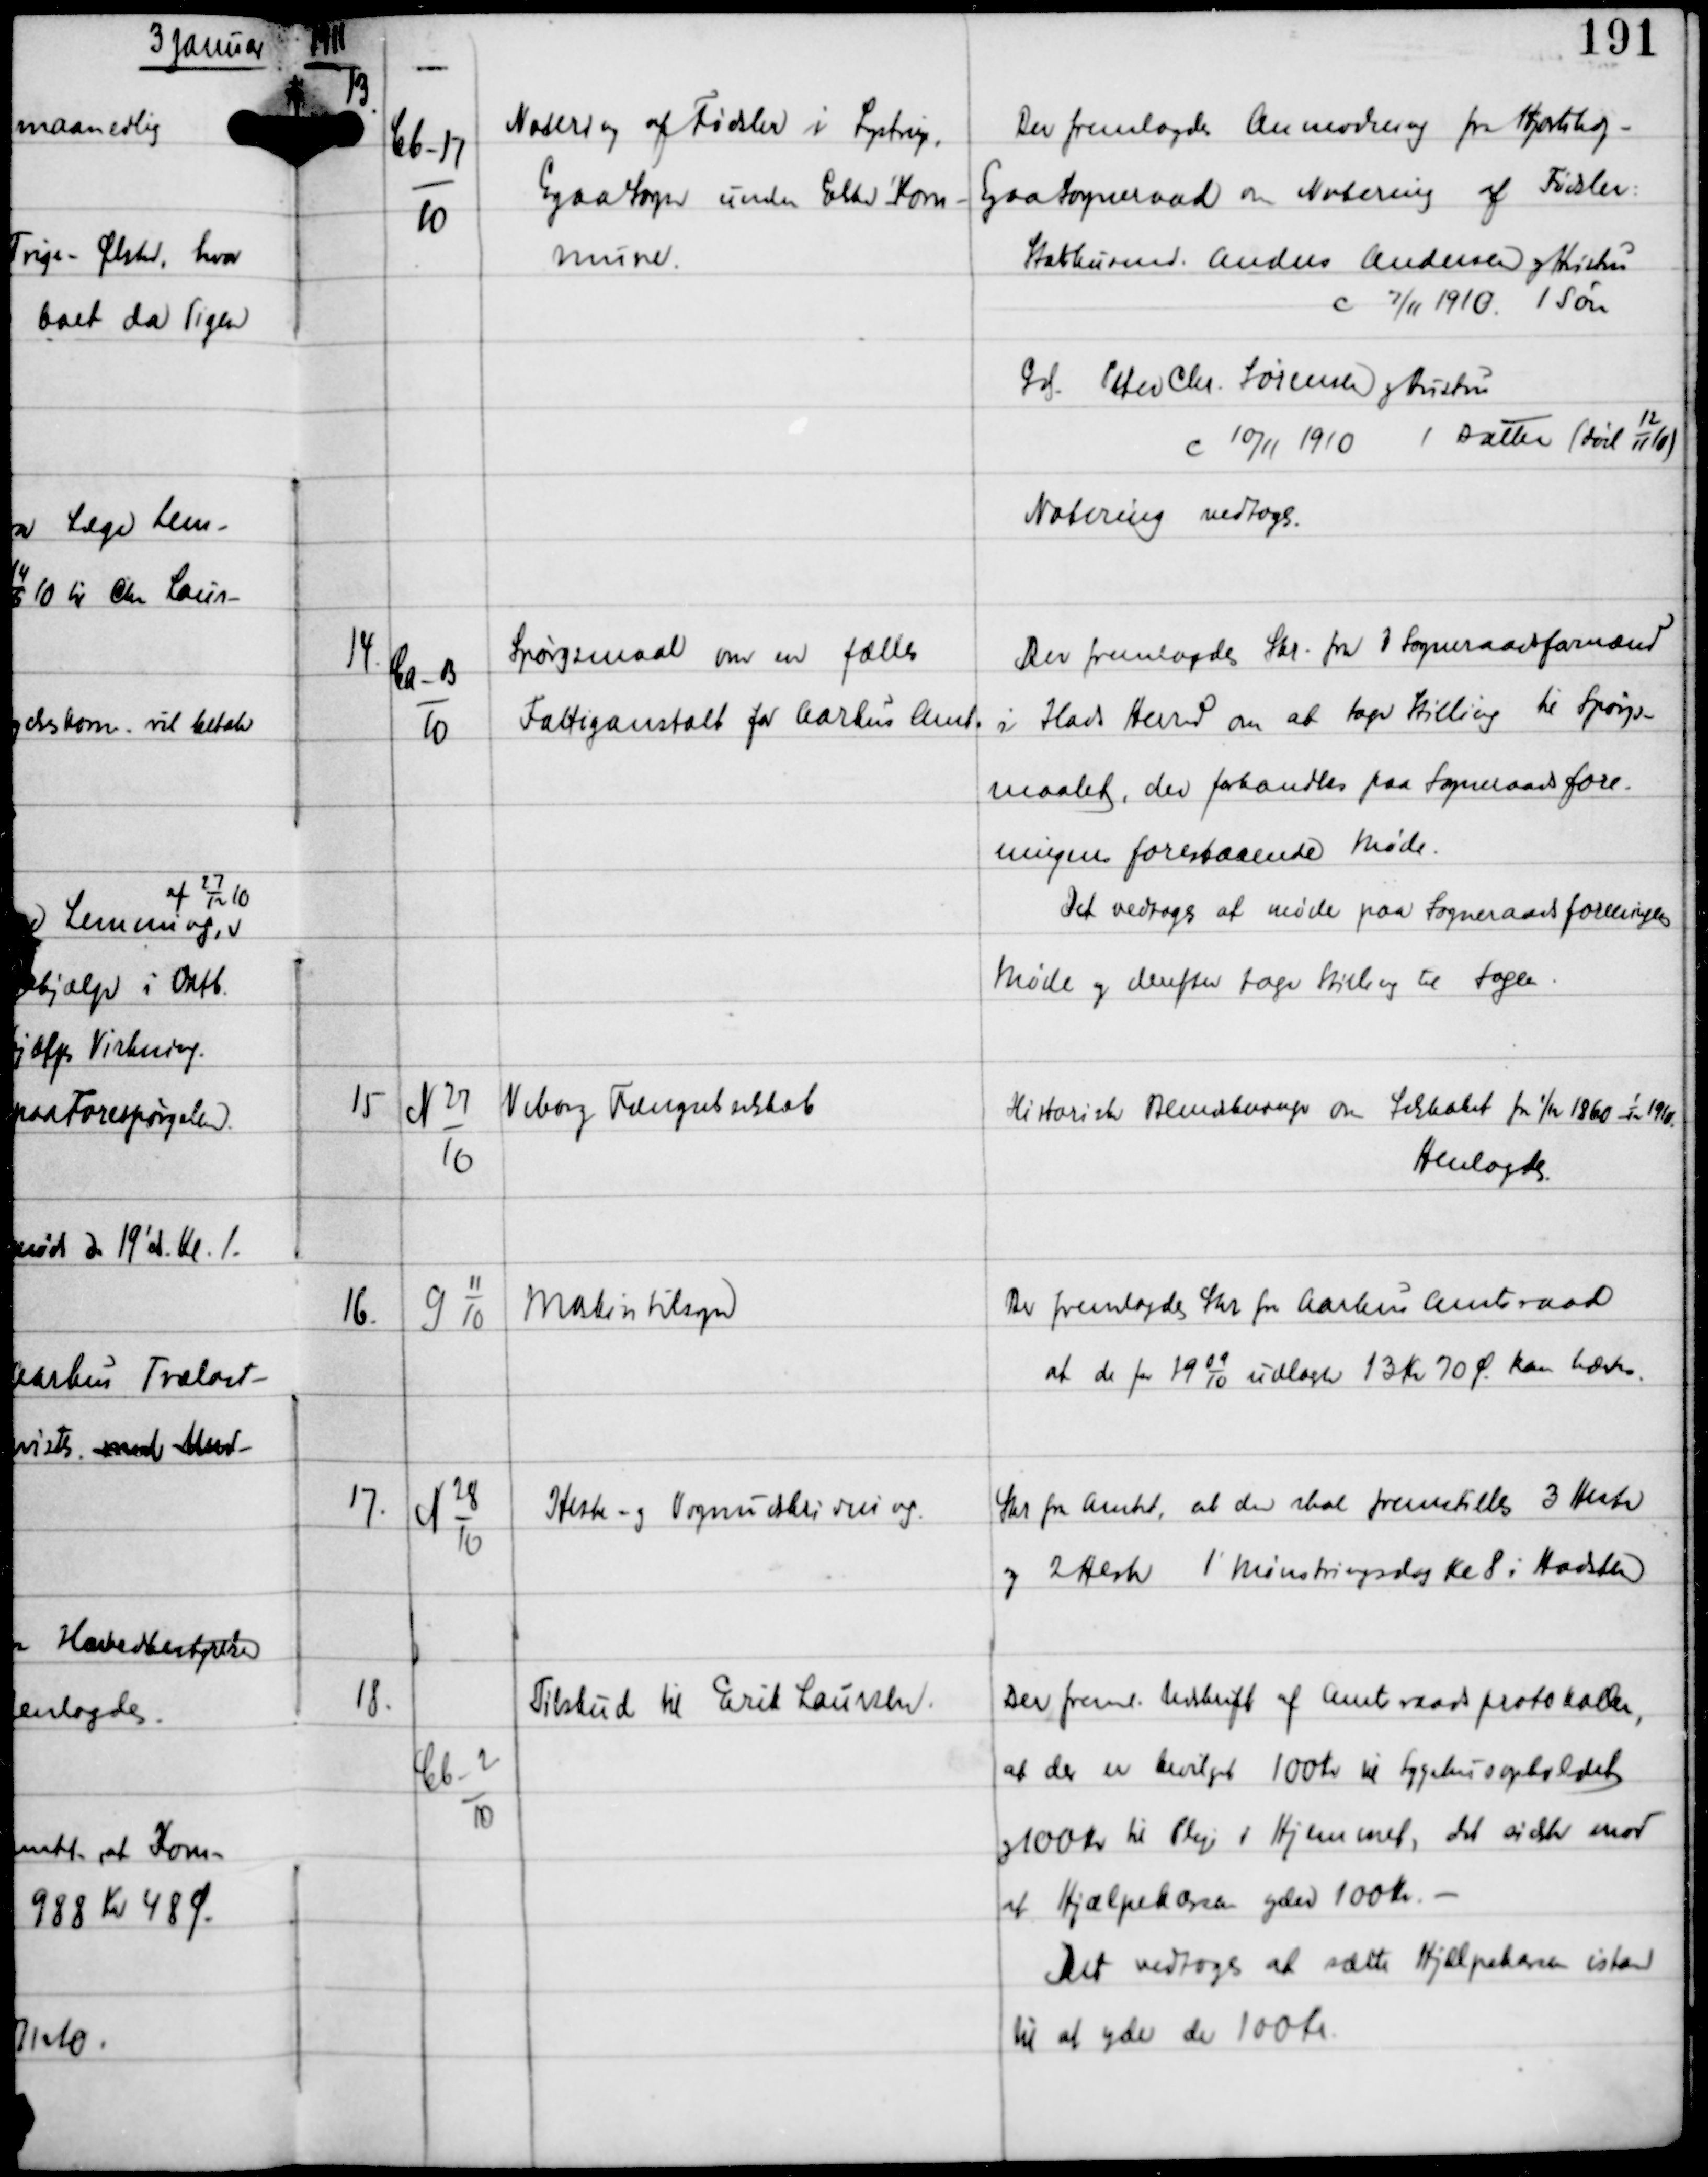
Transskription:
1911

13

Cb-17
10

Notering af Fødsler i Lystrup,
Egaa Sogn under Elsted Kom-
mune.

Der fremlagdes Anmodning fra Hjortshøj-
Egaa Sogneraad om Notering af Fødsler:
Statshusmd. Anders Andersen og Kirsten
c 7/11 1910 1 Søn
Grd Peter Chr. Sørensen og Hustru
c 10/11 1910 1 Datter (død
12
11
10)
Notering vedtoges.

14

Ca-13
10

Spørgsmaal om en fælles
Fattiganstalt for Aarhus Amt

Der fremlagdes Skr fra 3 Sogneraadsformænd
i Hads Herred om at tage Stilling til Spørgs-
maalet, der forhandles paa Sogneraadsfore-
ningens forestaaende Møde.
Det vedtoges at møde paa Sogneraadsforeningens
Møde og derefter tage Stilling til sagen.

15

N 27
10

Viborg Fængselsselskab

Historiske Bemærkninger om Selskabet fra 1/11 1860 - 1/10 1910.
Hemlagdes.

16.

G 11
10

Maskintilsyn

Der fremlagdes Skr fra Aarhus Amtsraad
at de for 19
09
10
udlagte 13 Kr 70 Ø kan hæves.

17.

N 28
10

Heste- og Vognudskrivning

Skr fra Amtet, at der skal fremstilles 3 Heste
og 2 Heste 1' Mønstringsdag Kl 8 i Hadsten

18.

Cb-2
10

Tilskud til Erik Laursen

Der freml Udskrift af Amtsraadsprotokollen,
at der er bevilget 100 Kr til Sygehusopholdet
og 100 Kr til Pleje i Hjemmet, det sidste mod
at Hjælpekassen yder 100 Kr. -
Det vedtoges at sætte Hjælpekassen istand
til at yde de 100 Kr